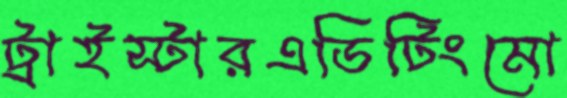
ট্রাইস্টারএডিটিংমো